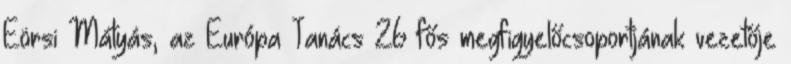
Eörsi Mátyás, az Európa Tanács 26 fős megfigyelőcsoportjának vezetője